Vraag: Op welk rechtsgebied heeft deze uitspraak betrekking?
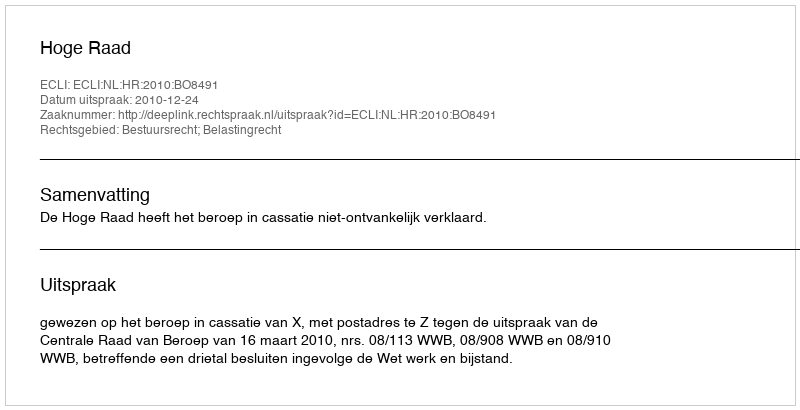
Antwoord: Bestuursrecht; Belastingrecht